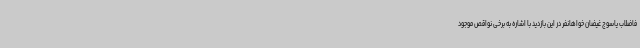
فاضلاب یاسوج غیضان خواهانفر در این بازدید با اشاره به برخی نواقص موجود